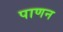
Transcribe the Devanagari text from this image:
पाणन